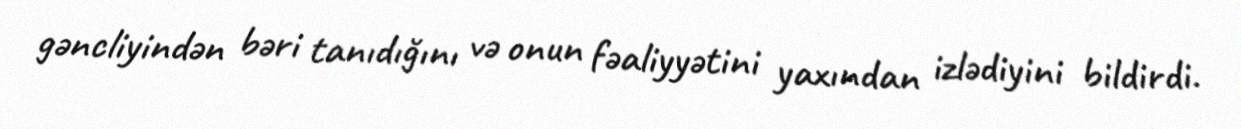
gəncliyindən bəri tanıdığını və onun fəaliyyətini yaxından izlədiyini bildirdi.